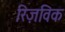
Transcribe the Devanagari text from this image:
रिज़विक